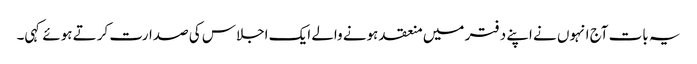
یہ بات آج انہوں نے اپنے دفتر میں منعقد ہونے والے ایک اجلاس کی صدارت کرتے ہوئے کہی۔